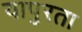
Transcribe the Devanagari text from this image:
यापुरता